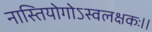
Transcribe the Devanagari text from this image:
नास्तियोगोऽस्वलक्षकः।।